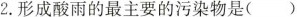
2.形成酸雨的最主要的污染物是()